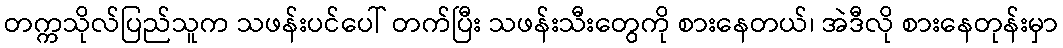
တက္ကသိုလ်ပြည်သူက သဖန်းပင်ပေါ် တက်ပြီး သဖန်းသီးတွေကို စားနေတယ်၊ အဲဒီလို စားနေတုန်းမှာ